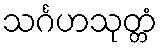
သင်္ဂဟသုတ္တံ